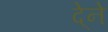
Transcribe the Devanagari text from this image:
दे्ने